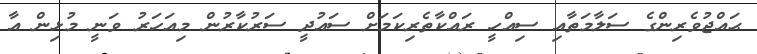
ޙައްޖުވެރިންގެ ސަލާމަތާއި ސިއްހީ ރައްކާތެރިކަމަށް ސައުދީ ސަރުކާރުން މިއަހަރު ވަނީ މުޅިން އާ